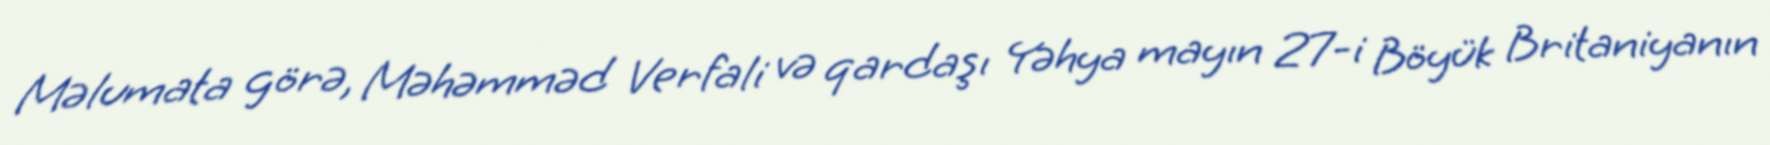
Məlumata görə, Məhəmməd Verfali və qardaşı Yəhya mayın 27-i Böyük Britaniyanın